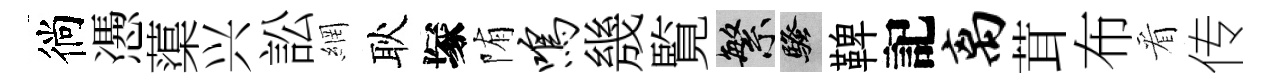
徜慿蕖兴訟網耿塚陏鸣㡬覧繁騷鞞記离茸布看传